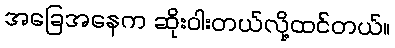
အခြေအနေက ဆိုးဝါးတယ်လို့ထင်တယ်။